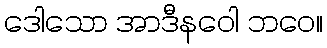
ဒေါသော အာဒီနဝေါ ဘဝေ။